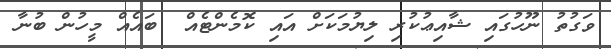
ވަގުތު ނޫހުގައި ޝާއިޢުކުރި ލިޔުމަކަށް އައި ކޮމެންޓެއް  ބައެއް މީހުން ބުނާ